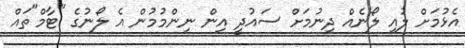
އެޅުމަށް ލުއި ލޯނެއް ދިނުމަށް ސައުދީ އިން ނިންމުމުން އެ ލޯނުގެ "ޓާމް"ތައް